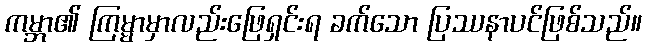
ကမ္ဘာ၏ ကြမ္မာမှာလည်းဖြေရှင်းရ ခက်သော ပြဿနာပင်ဖြစ်သည်။